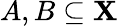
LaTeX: A,B\subseteq\mathbf{X}